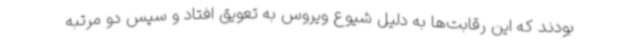
بودند که این رقابت‌ها به دلیل شیوع ویروس به تعویق افتاد و سپس دو مرتبه